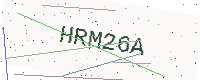
Text: HRM26A